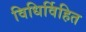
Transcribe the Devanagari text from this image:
विधिर्विहित